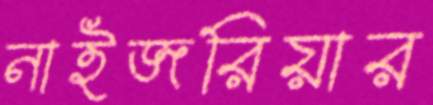
নাইজরিয়ার